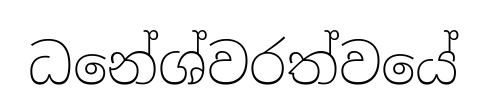
ධනේශ්වරත්වයේ